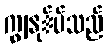
ကျွနု်ပ်သည်